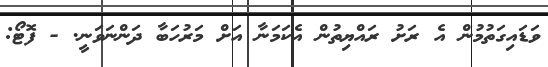
ވަޑައިގަތުމުން އެ ރަށު ރައްޔިތުން އެކަމަނާ އަށް މަރުހަބާ ދަންނަވަނީ. - ފޮޓޯ: